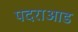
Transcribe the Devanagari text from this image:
पदराआड